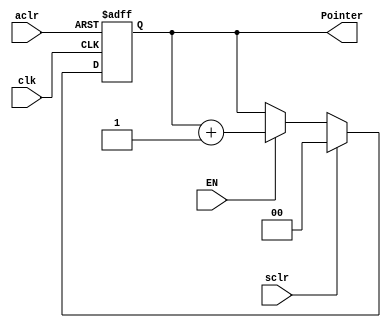
module Pointer
    #(  parameter BufferWidth = 2)
    (clk, aclr, sclr, EN, Pointer);
    input clk, aclr, sclr;
    input EN;

    output reg [BufferWidth-1:0] Pointer;

    always@(posedge clk, posedge aclr)begin
        // reset  20220726
        if(aclr) begin
            Pointer = 0;
        end
        else if (sclr) begin
            Pointer <= 0;
        end
        else if(EN) begin
	        Pointer <= Pointer+1;
        end
        else begin
           Pointer <= Pointer; 
        end
    end
endmodule